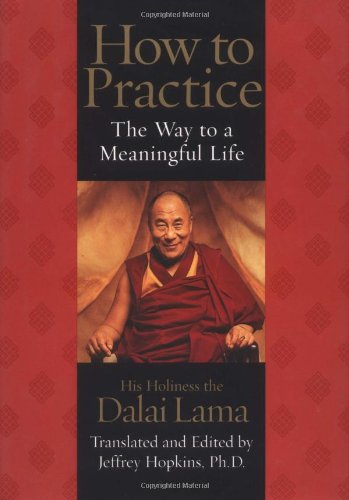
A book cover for How to Practice: The Way to a Meaningful Life; His Holiness the Dalai Lama; Religion & Spirituality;